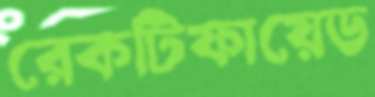
রেকটিফায়েড